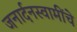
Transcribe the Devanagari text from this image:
जनार्दनस्वामींचे